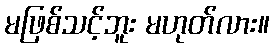
မဖြစ်သင့်ဘူး မဟုတ်လား။